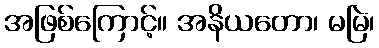
အဖြစ်ကြောင့်။ အနိယတော၊ မမြဲ၊